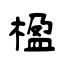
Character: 楹